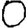
Digit: 0